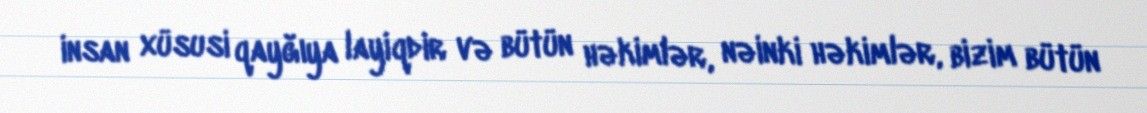
insan xüsusi qayğıya layiqdir və bütün həkimlər, nəinki həkimlər, bizim bütün